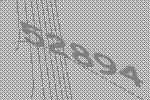
52894